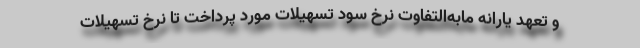
و تعهد یارانه مابه‌التفاوت نرخ سود تسهیلات مورد پرداخت تا نرخ تسهیلات